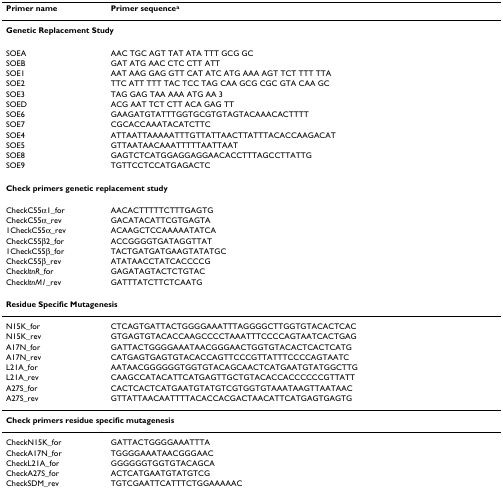
| Primer name | Primer sequencea |
 | --- | --- |
 | <COLSPAN=2> Genetic Replacement Study |
 | SOEA | AAC TGC AGT TAT ATA TTT GCG GC |
 | SOEB | GAT ATG AAC CTC CTT ATT |
 | SOE1 | AAT AAG GAG GTT CAT ATC ATG AAA AGT TCT TTT TTA |
 | SOE2 | TTC ATT TTT TAC TCC TAG CAA GCG CGC GTA CAA GC |
 | SOE3 | TAG GAG TAA AAA ATG AA 3 |
 | SOED | ACG AAT TCT CTT ACA GAG TT |
 | SOE6 | GAAGATGTATTTGGTGCGTGTAGTACAAACACTTTT |
 | SOE7 | CGCACCAAATACATCTTC |
 | SOE4 | ATTAATTAAAAATTTGTTATTAACTTATTTACACCAAGACAT |
 | SOE5 | GTTAATAACAAATTTTTAATTAAT |
 | SOE8 | GAGTCTCATGGAGGAGGAACACCTTTAGCCTTATTG |
 | SOE9 | TGTTCCTCCATGAGACTC |
 | <COLSPAN=2> Check primers genetic replacement study |
 | CheckC55α1_for | AACACTTTTTCTTTGAGTG |
 | CheckC55α_rev | GACATACATTCGTGAGTA |
 | 1CheckC55α_rev | ACAAGCTCCAAAAATATCA |
 | CheckC55β2_for | ACCGGGGTGATAGGTTAT |
 | 1CheckC55β_for | TACTGATGATGAAGTATATGC |
 | CheckC55β_rev | ATATAACCTATCACCCCG |
 | CheckltnR_for | GAGATAGTACTCTGTAC |
 | CheckltnM1_rev | GATTTATCTTCTCAATG |
 | <COLSPAN=2> Residue Specific Mutagenesis |
 | N15K_for | CTCAGTGATTACTGGGGAAATTTAGGGGCTTGGTGTACACTCAC |
 | N15K_rev | GTGAGTGTACACCAAGCCCCTAAATTTCCCCAGTAATCACTGAG |
 | A17N_for | GATTACTGGGGAAATAACGGGAACTGGTGTACACTCACTCATG |
 | A17N_rev | CATGAGTGAGTGTACACCAGTTCCCGTTATTTCCCCAGTAATC |
 | L21A_for | AATAACGGGGGGTGGTGTACAGCAACTCATGAATGTATGGCTTG |
 | L21A_rev | CAAGCCATACATTCATGAGTTGCTGTACACCACCCCCCGTTATT |
 | A27S_for | CACTCACTCATGAATGTATGTCGTGGTGTAAATAAGTTAATAAC |
 | A27S_rev | GTTATTAACAATTTTACACCACGACTAACATTCATGAGTGAGTG |
 | <COLSPAN=2> Check primers residue specific mutagenesis |
 | CheckN15K_for | GATTACTGGGGAAATTTA |
 | CheckA17N_for | TGGGGAAATAACGGGAAC |
 | CheckL21A_for | GGGGGGTGGTGTACAGCA |
 | CheckA27S_for | ACTCATGAATGTATGTCG |
 | CheckSDM_rev | TGTCGAATTCATTTCTGGAAAAAC |